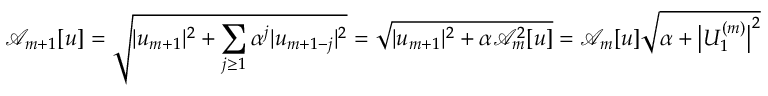
\mathcal { A } _ { m + 1 } [ u ] = \sqrt { | u _ { m + 1 } | ^ { 2 } + \sum _ { j \ge 1 } { \alpha ^ { j } | u _ { m + 1 - j } | ^ { 2 } } } = \sqrt { | u _ { m + 1 } | ^ { 2 } + \alpha \mathcal { A } _ { m } ^ { 2 } [ u ] } = \mathcal { A } _ { m } [ u ] \sqrt { \alpha + \big | U _ { 1 } ^ { ( m ) } \big | ^ { 2 } }